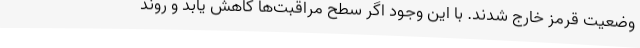
وضعیت قرمز خارج شدند. با این وجود اگر سطح مراقبت‌ها کاهش یابد و روند